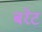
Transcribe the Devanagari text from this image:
बरेट